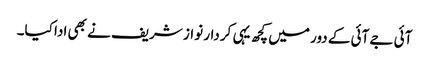
آئی جے آئی کے دور میں کچھ یہی کردار نواز شریف نے بھی ادا کیا۔